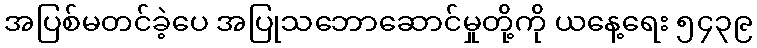
အပြစ်မတင်ခဲ့ပေ အပြုသဘောဆောင်မှုတို့ကို ယနေ့ရေး ၅၄၃၉